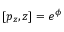
[ p _ { z } , z ] = e ^ { \phi }